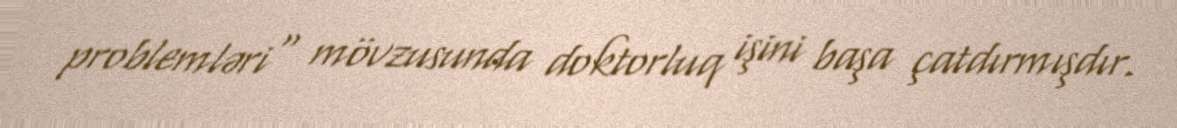
problemləri" mövzusunda doktorluq işini başa çatdırmışdır.